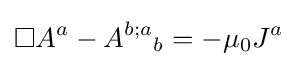
\Box A^{a}-{A^{b;a}}_{b}=-\mu _{0}J^{a}